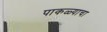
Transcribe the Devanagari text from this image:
पाकळ्याचा